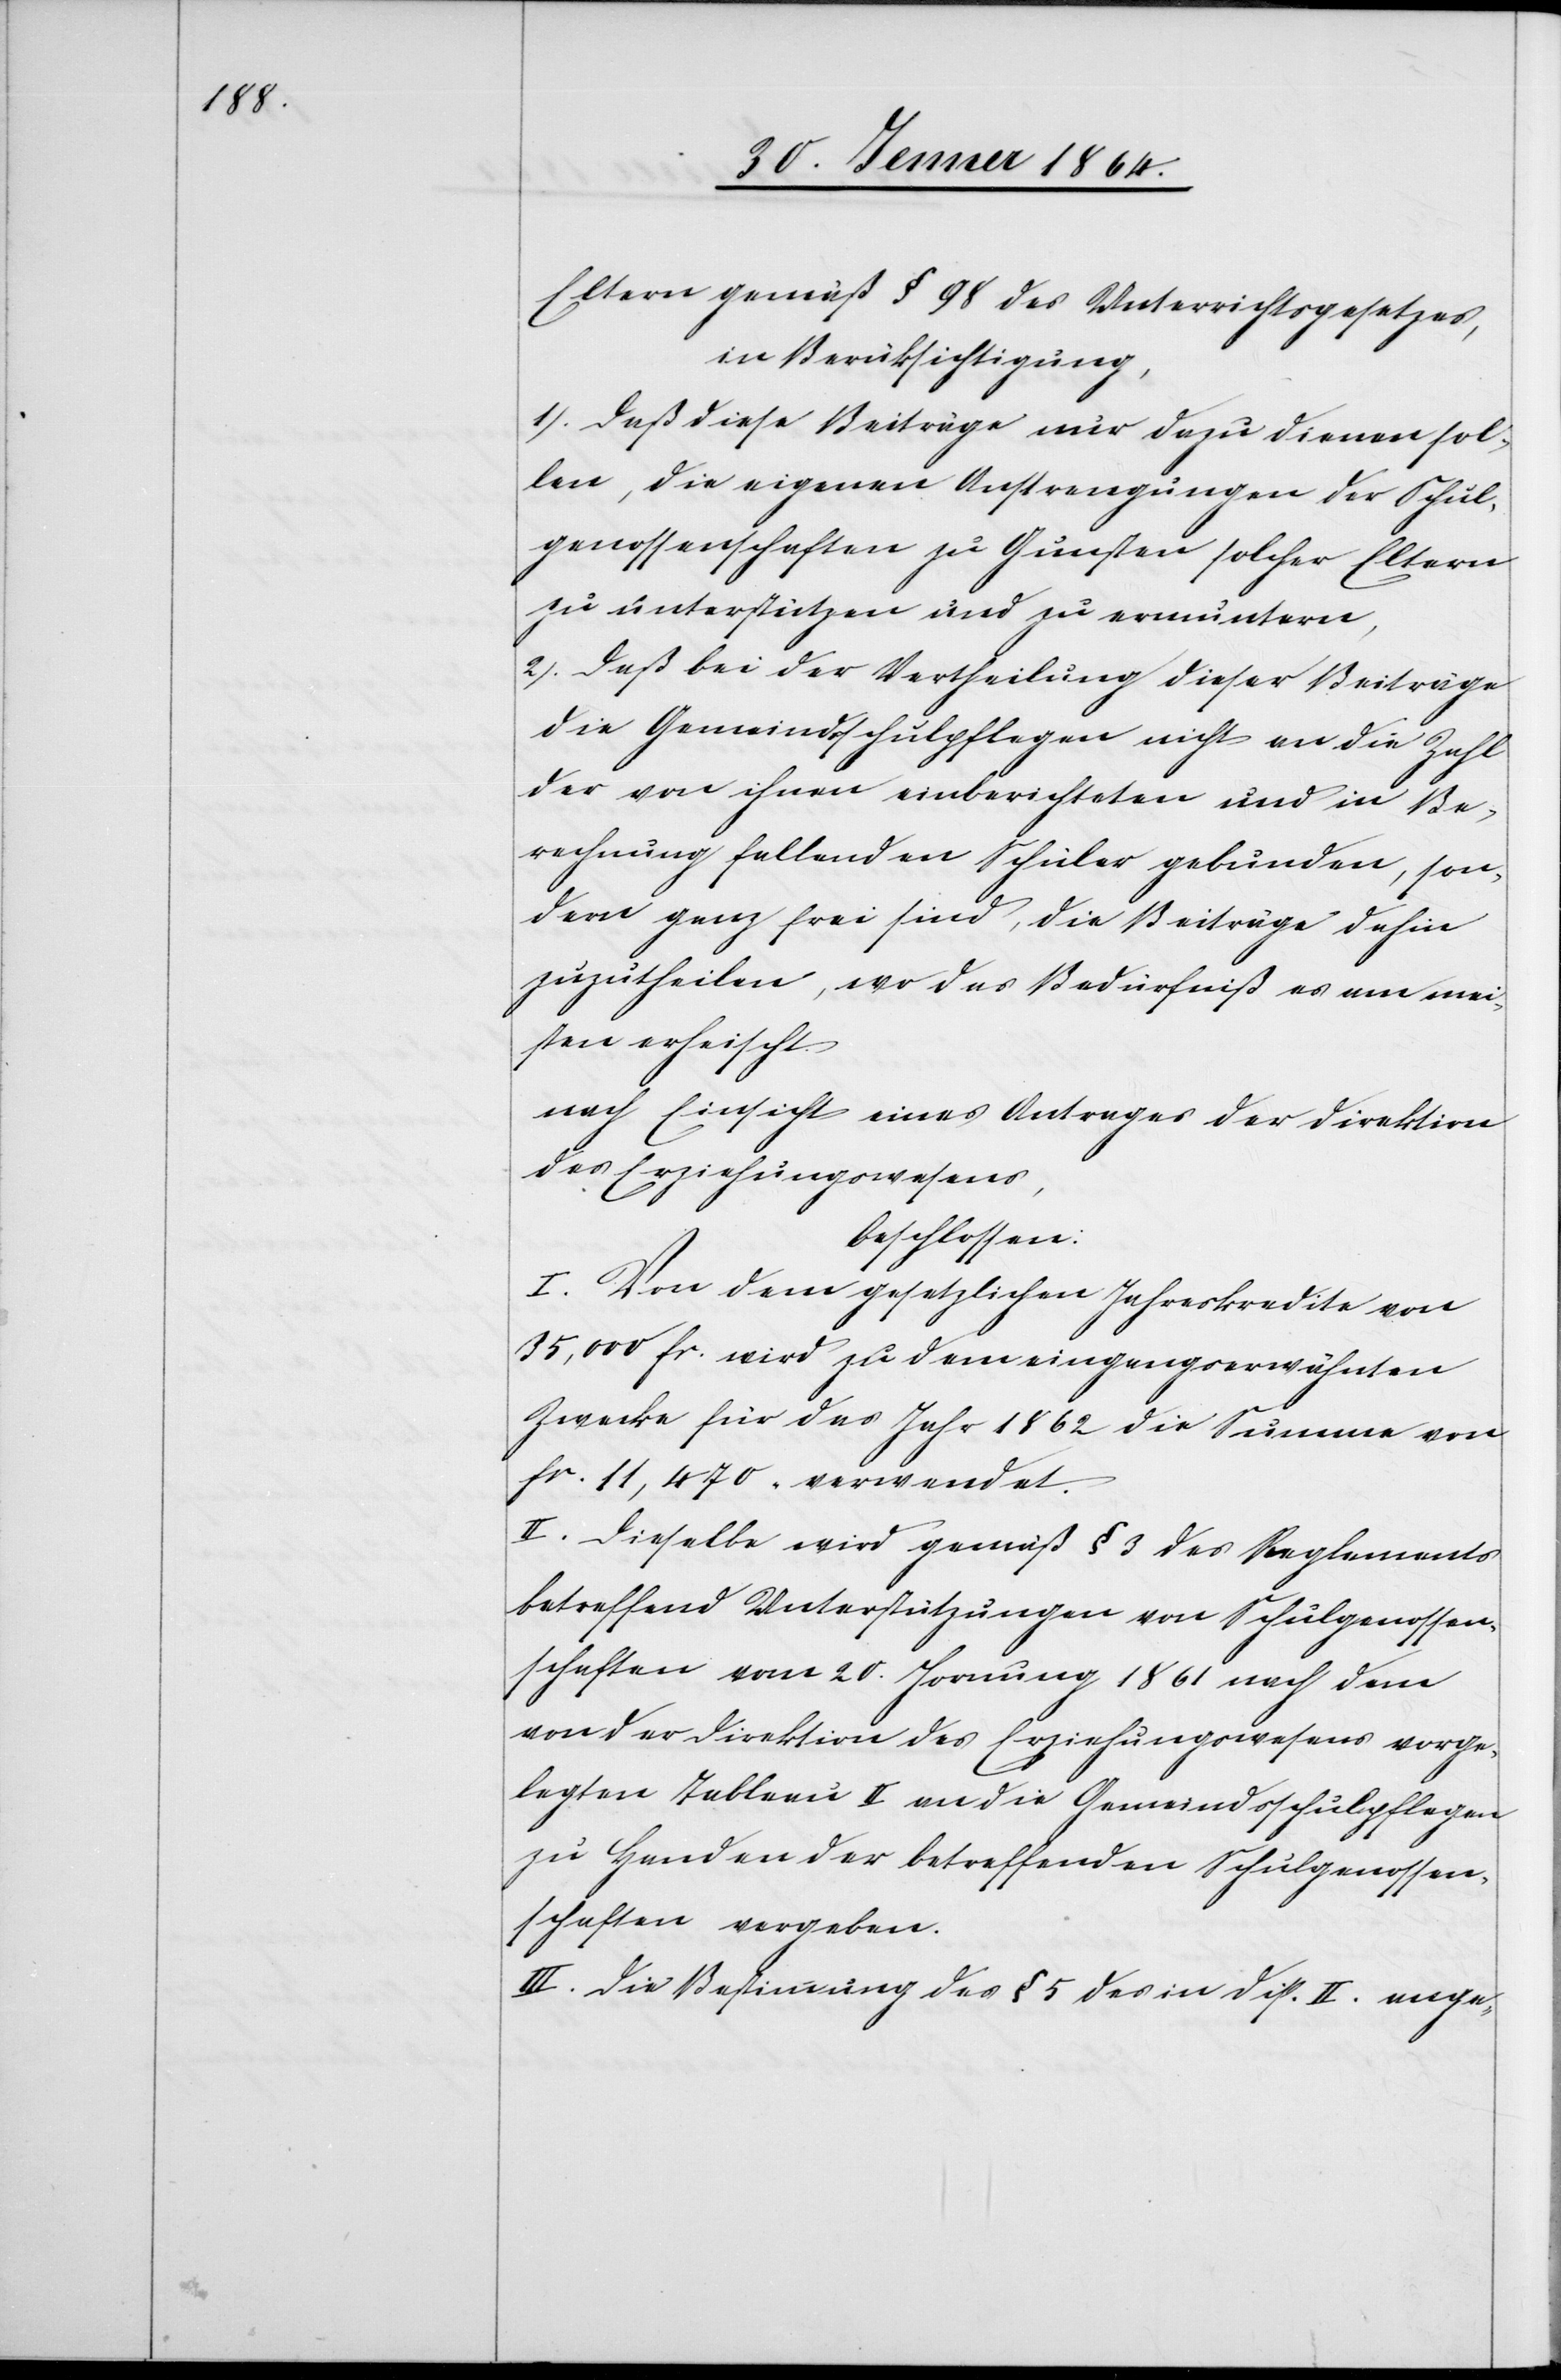
Eltern gemäß § 98 des Unterrichtsgesetzes,
in Berücksichtigung,
1.) Daß diese Beiträge nur dazu dienen sol¬
len, die eigenen Anstrengungen der Schul¬
genossenschaften zu Gunsten solcher Eltern
zu unterstützen und zu ermuntern,
2.) Daß bei der Vertheilung dieser Beiträge
die Gemeindsschulpflegen nicht an die Zahl
der von ihnen einberichteten und in Be¬
rechnung fallenden Schüler gebunden, son¬
dern ganz frei sind, die Beiträge dahin
zuzutheilen, wo das Bedürfniß es am mei¬
sten erheischt.
nach Einsicht eines Antrages der Direktion
des Erziehungswesens,
beschlossen:
I. Von dem gesetzlichen Jahreskredite von
35,000 fr. wird zu dem eingangserwähnten
Zwecke für das Jahr 1862 die Summe von
fr. 11,470 verwendet.
II. Dieselbe wird gemäß § 3 des Reglements
betreffend Unterstützungen von Schulgenossen¬
schaften vom 20. Hornung 1861 nach dem
von der Direktion des Erziehungswesens vorge¬
legten Tableau II an die Gemeindsschulpflegen
zu Handen der betreffenden Schulgenossen¬
schaften vergeben.
III. Die Bestimmung des § 5 des in Disp. II. ange-